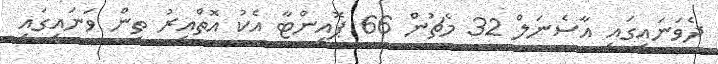
ދެވަނައިގައި އާސެނަލް 32 މެޗުން 66 ޕޮއިންޓާ އެކު އޮތްއިރު ތިން ވަނައިގައި